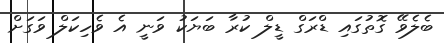
ބެލެވޭ ގޮތުގައި ޑްރަގް ޑީލް ކުރާ ބަޔަކު ވަނީ އެ ވެހިކަލް ވަގަށް